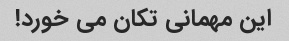
این مهمانی تکان می خورد!